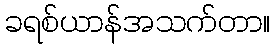
ခရစ်ယာန်အသက်တာ။